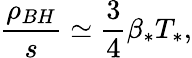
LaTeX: \frac{\rho_{BH}}{s}\simeq\frac{3}{4}\beta_{*}T_{*},